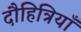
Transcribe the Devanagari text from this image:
दौहित्रियाँ